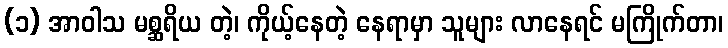
(၁) အာဝါသ မစ္ဆရိယ တဲ့၊ ကိုယ့်နေတဲ့ နေရာမှာ သူများ လာနေရင် မကြိုက်တာ၊